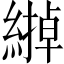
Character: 𦄹